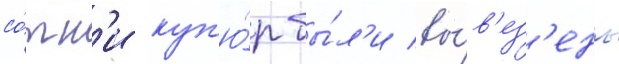
со́тн'и куп'ю́р бы́л'и вы́в'ез'ены